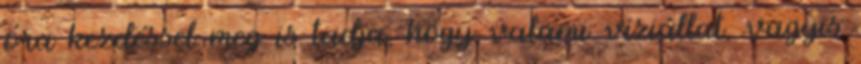
óra kezdéssel meg is tudja, hogy valami víziállat, vagyis